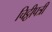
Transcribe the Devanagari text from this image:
चिट्ठीपत्री